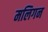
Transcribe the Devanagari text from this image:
मलिगन